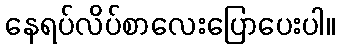
နေရပ်လိပ်စာလေးပြောပေးပါ။